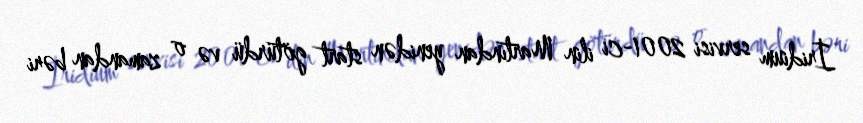
İridium servisi 2001-ci ilin Martından yenidən start götürdü və o zamandan bəri